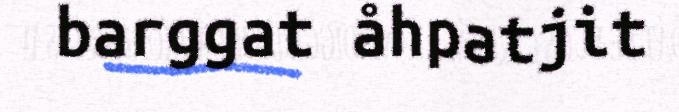
barggat åhpatjit